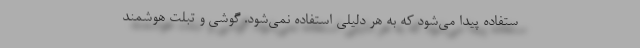
ستفاده پیدا می‌شود که به هر دلیلی استفاده نمی‌شود. گوشی و تبلت هوشمند